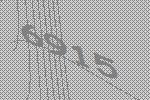
6915